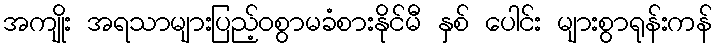
အကျိုး အရသာများပြည့်ဝစွာမခံစားနိုင်မီ နှစ် ပေါင်း များစွာရုန်းကန်